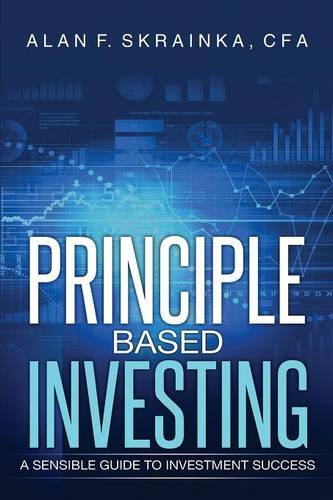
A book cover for Principle Based Investing: A Sensible Guide to Investment Success; Alan F. Skrainka; Business & Money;